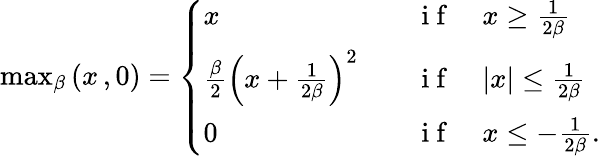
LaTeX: \begin{array}{r}{\operatorname*{max}_{\beta}\left(x\, ,0\right)=\left\{ \begin{array}{ll}{x}&{\quad\mathrm{~i~f~}\quad x\ge\frac{1}{2\beta}}\\ {\frac{\beta}{2}\left(x+\frac{1}{2\beta}\right)^{2}}&{\quad\mathrm{~i~f~}\quad|x|\le\frac{1}{2\beta}}\\ {0}&{\quad\mathrm{~i~f~}\quad x\le-\frac{1}{2\beta}.}\end{array}\right.}\end{array}